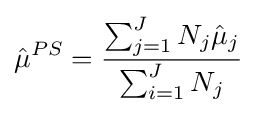
{\hat {\mu }}^{PS}={\frac {\sum _{j=1}^{J}N_{j}{\hat {\mu }}_{j}}{\sum _{i=1}^{J}N_{j}}}